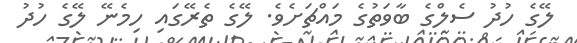
ލޭގެ ހުދު ސެލްގެ ބާވަތުގެ މައްޗަށެވެ. ލޭގެ ތެރޭގައި ހިމެނޭ ލޭގެ ހުދު